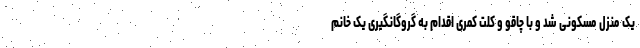
یک منزل مسکونی شد و با چاقو و کلت کمری اقدام به گروگانگیری یک خانم